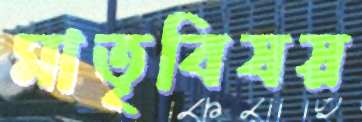
মাতৃবিষয়